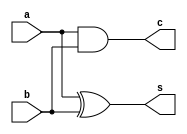
`timescale 1ns / 1ps
//////////////////////////////////////////////////////////////////////////////////
// Company: 
// Engineer: 
// 
// Design Name: 
// Module Name:    half_adder 
// Project Name: 
// Target Devices: 
// Tool versions: 
// Description: 
//
// Dependencies: 
//
// Revision: 
// Revision 0.01 - File Created
// Additional Comments: 
//
//////////////////////////////////////////////////////////////////////////////////
module half_adder(
    input a,
    input b,
    output s,
    output c
    );
xor M1 (s,a,b);
and M2 (c,a,b);

endmodule